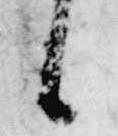
上